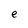
Character: e